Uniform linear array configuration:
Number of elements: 8
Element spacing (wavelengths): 0.75
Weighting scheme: cosine
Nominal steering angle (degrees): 45
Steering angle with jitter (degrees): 46.794
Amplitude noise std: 0.05
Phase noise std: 0.05

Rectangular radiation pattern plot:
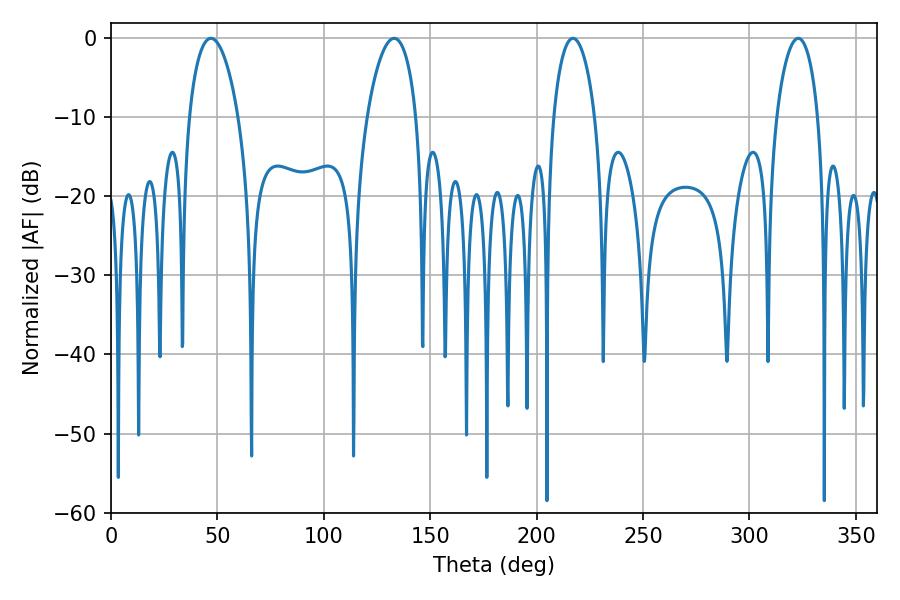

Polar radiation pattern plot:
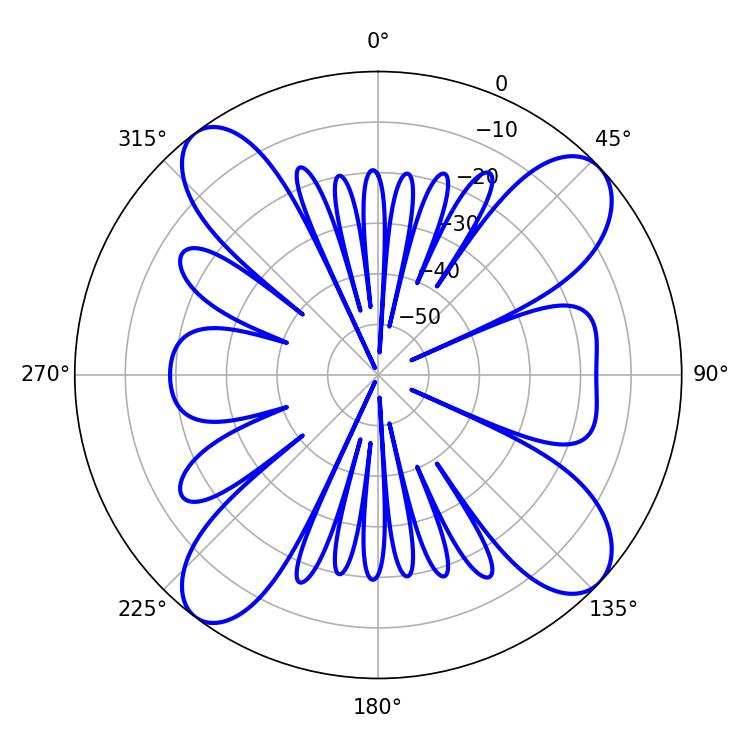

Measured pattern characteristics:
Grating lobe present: TRUE
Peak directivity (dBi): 12.598
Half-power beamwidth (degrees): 11.16
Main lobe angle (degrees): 217.08